Annual report on the health of the army in India
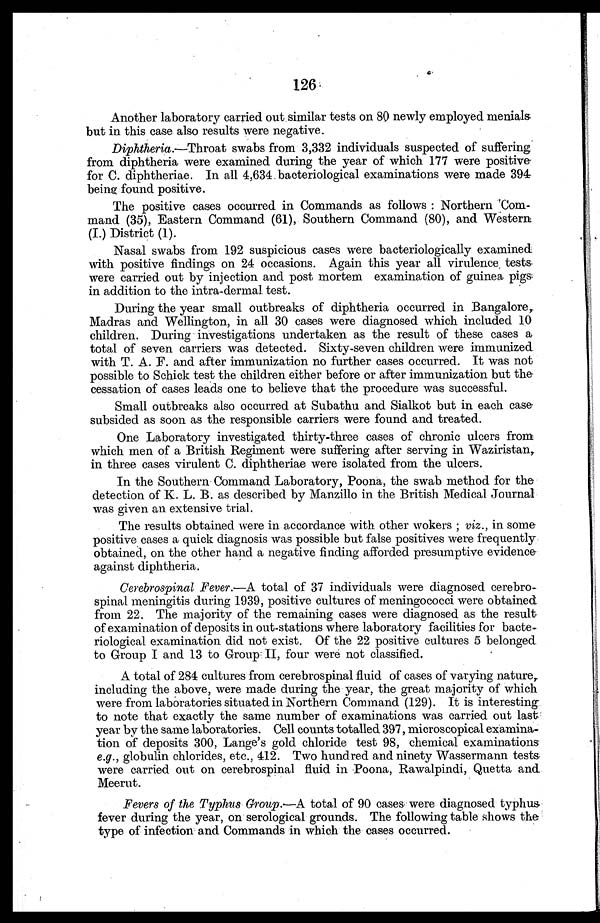
126
Another laboratory carried out similar tests on 80 newly employed menials
but in this case also results were negative.
Diphtheria.—Throat swabs from 3,332 individuals suspected of suffering
from diphtheria were examined during the year of which 177 were positive
for C. diphtheriae. In all 4,634 bacteriological examinations were made 394
being found positive.
The positive cases occurred in Commands as follows: Northern Com
-mand (35), Eastern Command (61), Southern Command (80), and Western
(I.) District (l).
Nasal swabs from 192 suspicious cases were bacteriologically examined
with positive findings on 24 occasions. Again this year all virulence tests
were carried out by injection and post mortem examination of guinea pigs
in addition to the intra-dermal test.
During the year small outbreaks of diphtheria occurred in Bangalore,
Madras and Wellington, in all 30 cases were diagnosed which included 10
children. During investigations undertaken as the result of these cases a
total of seven carriers was detected. Sixty-seven children were immunized
with T. A. F. and after immunization no further cases occurred. It was not
possible to Schick test the children either before or after immunization but the
cessation of cases leads one to believe that the procedure was successful.
Small outbreaks also occurred at Subathu and Sialkot but in each case
subsided as soon as the responsible carriers were found and treated.
One Laboratory investigated thirty-three cases of chronic ulcers from
which men of a British Regiment were suffering after serving in Waziristan,
in three cases virulent C. diphtheriae were isolated from the ulcers.
In the Southern Command Laboratory, Poona, the swab method for the
detection of K. L. B. as described by Manzillo in the British Medical Journal
was given an extensive trial.
The results obtained were in accordance with other wokers; viz., in some
positive cases a quick diagnosis was possible but false positives were frequently
obtained, on the other hand a negative finding afforded presumptive evidence
against diphtheria.
Cerebrospinal Fever.—A total of 37 individuals were diagnosed cerebro
-spinal meningitis during 1939, positive cultures of meningococci were obtained
from 22. The majority of the remaining cases were diagnosed as the result
of examination of deposits in out-stations where laboratory facilities for bacte
-riological examination did not exist. Of the 22 positive cultures 5 belonged
to Group I and 13 to Group II, four were not classified.
A total of 284 cultures from cerebrospinal fluid of cases of varying nature,
including the above, were made during the year, the great majority of which
were from laboratories situated in Northern Command (129). It is interesting
to note that exactly the same number of examinations was carried out last
year by the same laboratories. Cell counts totalled 397, microscopical examina
-tion of deposits 300, Lange's gold chloride test 98, chemical examinations
e.g., globulin chlorides, etc., 412. Two hundred and ninety Wassermann tests
were carried out on cerebrospinal fluid in Poona, Rawalpindi, Quetta and
Meerut.
Fevers of the Typhus Group. —A total of 90 cases were diagnosed typhus
fever during the year, on serological grounds. The following table shows the
type of infection and Commands in which the cases occurred.